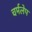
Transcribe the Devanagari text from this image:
चर्मलेप